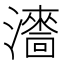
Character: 瀒